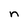
Character: n